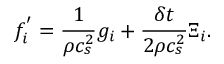
f _ { i } ^ { ' } = \frac { 1 } { \rho c _ { s } ^ { 2 } } g _ { i } + \frac { \delta t } { 2 \rho c _ { s } ^ { 2 } } \Xi _ { i } .